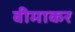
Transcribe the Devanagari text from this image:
बीमाकर